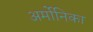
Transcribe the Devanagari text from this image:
अर्मोनिका